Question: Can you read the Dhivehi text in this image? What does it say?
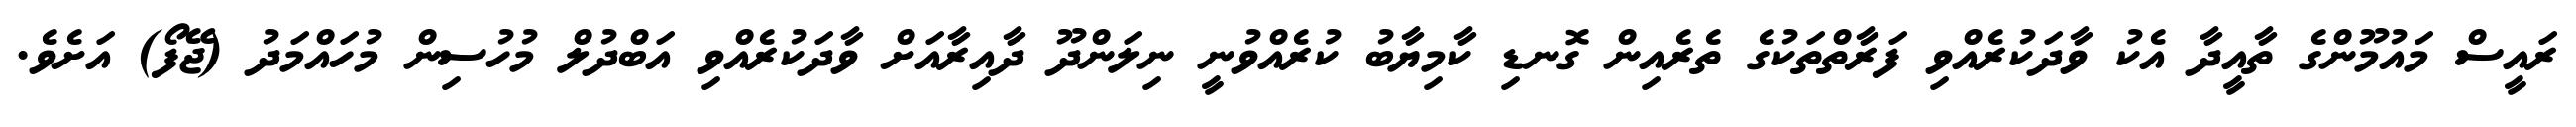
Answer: ރައީސް މައުމޫންގެ ތާއީދާ އެކު ވާދަކުރެއްވި ފަރާތްތަކުގެ ތެރެއިން ގޮނޑި ކާމިޔާބު ކުރެއްވުނީ ނިލަންދޫ ދާއިރާއަށް ވާދަކުރެއްވި އަބްދުލް މުހުސިން މުހައްމަދު (ޖޭފޯ) އަށެވެ.